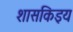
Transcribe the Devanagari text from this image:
शासकिइय